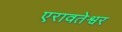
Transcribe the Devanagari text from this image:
एरावतेश्वर